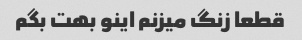
قطعا زنگ میزنم اینو بهت بگم